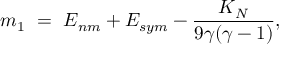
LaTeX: m _ { 1 } ~ = ~ E _ { n m } + E _ { s y m } - { \frac { K _ { N } } { 9 \gamma ( \gamma - 1 ) } } ,